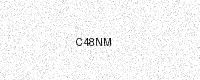
Text: C48NM